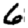
Digit: 6